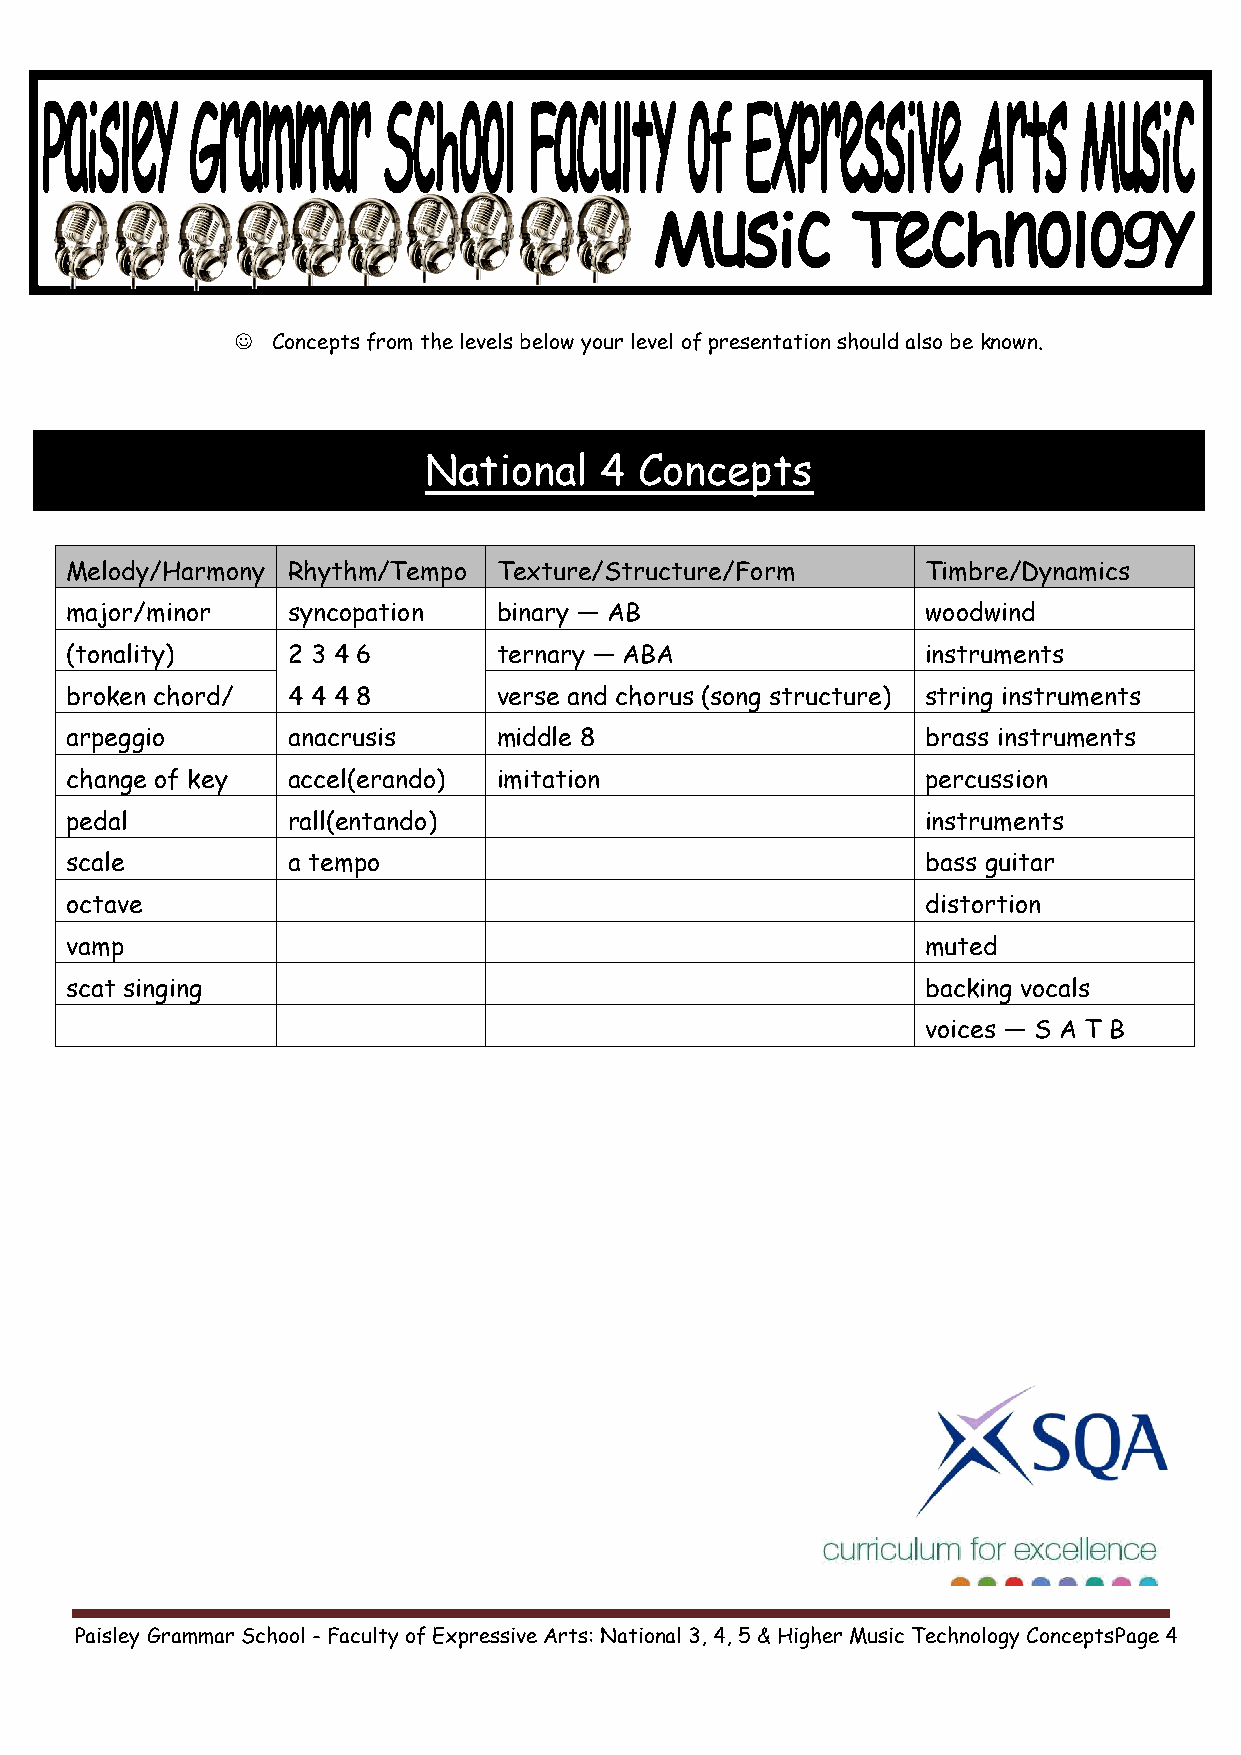
 Concepts from the levels below your level of presentation should also be known.
 National    4 Concepts
 M elody/Harmony Rhythm/Tempo Texture/Structure/Form      Timbre/Dynamics
 major/minor    syncopation   binary — AB                 woodwind
 ( tonality)    2 3 4 6       ternary — ABA               instruments
 broken chord/  4 4 4 8       verse and chorus (song structure) string instruments
 a rpeggio      anacrusis     middle 8                    brass instruments
 change of key  accel(erando) imitation                   percussion
 p edal         rall(entando)                             instruments
 scale          a tempo                                   bass guitar
 o ctave                                                  distortion
 vamp                                                     muted
 s cat singing                                            backing vocals
 voices — S A T B
 Paisley Grammar School - Faculty of Expressive Arts: National 3, 4, 5 & Higher Music Technology ConceptsPage 4